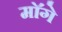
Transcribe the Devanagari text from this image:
माॅगे